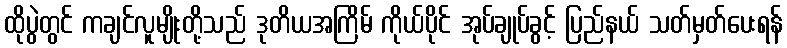
ထိုပွဲတွင် ကချင်လူမျိုးတို့သည် ဒုတိယအကြိမ် ကိုယ်ပိုင် အုပ်ချုပ်ခွင့် ပြည်နယ် သတ်မှတ်ပေးရန်